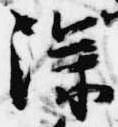
深